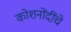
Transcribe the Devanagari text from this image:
कोशनोंदींचे